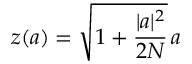
z ( a ) = \sqrt { 1 + \frac { | a | ^ { 2 } } { 2 N } } \, a